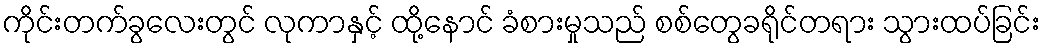
ကိုင်းတက်ခွလေးတွင် လုကာနှင့် ထို့နောင် ခံစားမှုသည် စစ်တွေခရိုင်တရား သွားထပ်ခြင်း